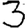
Digit: 3